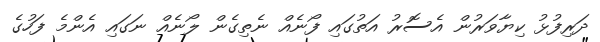
ދަރިފުޅު ކިޔާވަރުން އެސޮރު އަތުގައި ފޯނެއް ނެތިގެން ލޯނެއް ނަގައި އެންމެ ފަހުގެ